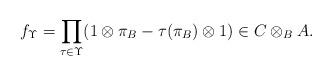
LaTeX: \begin{align*}f_{\Upsilon} = \prod_{\tau\in\Upsilon}(1\otimes \pi_B - \tau(\pi_B)\otimes 1) \in C\otimes_BA.\end{align*}